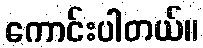
ကောင်းပါတယ်။